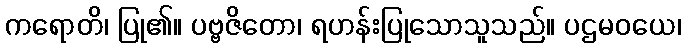
ကရောတိ၊ ပြု၏။ ပဗ္ဗဇိတော၊ ရဟန်းပြုသောသူသည်။ ပဌမဝယေ၊